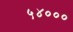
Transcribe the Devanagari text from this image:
५४०००